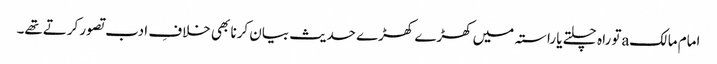
امام مالکaتو راہ چلتے یا راستہ میں کھڑے کھڑے حدیث بیان کرنا بھی خلافِ ادب تصور کرتےتھے۔